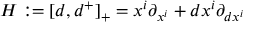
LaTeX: H : = [ d , d ^ { + } ] _ { + } = x ^ { i } \partial _ { x ^ { i } } + d x ^ { i } \partial _ { d x ^ { i } }